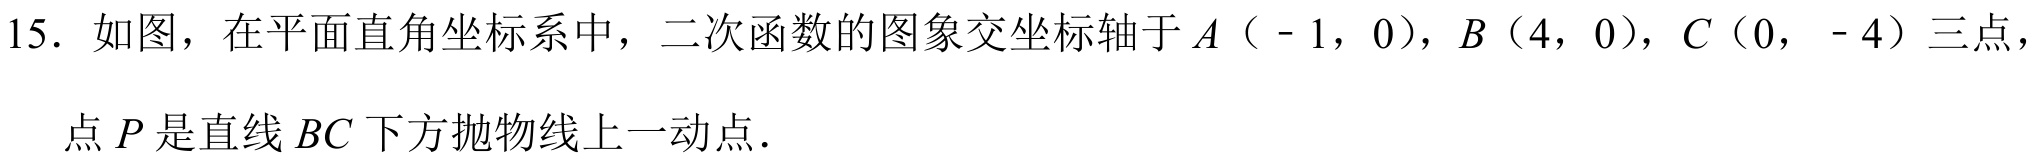
15. 如图，在平面直角坐标系中，二次函数的图象交坐标轴于\(A\)（\(-1\)，\(0\)），\(B\)（\(4\)，\(0\)），\(C\)（\(0\)，\(-4\)）三点，点\(P\)是直线\(BC\)下方抛物线上一动点.